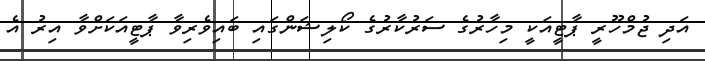
އަދި ޖުމްހޫރީ ޕާޓީއަކީ މިހާރުގެ ސަރުކާރުގެ ކޯލިޝަންގައި ބައިވެރިވާ ޕާޓީއަކަށްވާ އިރު އެ